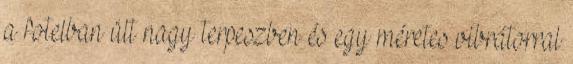
a fotelban ült nagy terpeszben és egy méretes vibrátorral